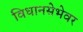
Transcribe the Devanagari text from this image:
विधानसेभेवर